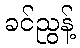
ခင်ညွန့်